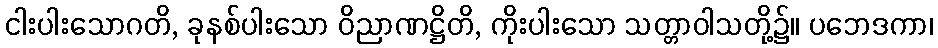
ငါးပါးသောဂတိ, ခုနစ်ပါးသော ဝိညာဏဋ္ဌိတိ, ကိုးပါးသော သတ္တာဝါသတို့၌။ ပဘေဒကာ၊